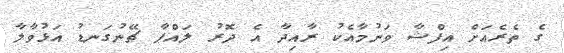
ގެ ތެރެއަށް އިފްޝާ ވަނުމާއެކު ރާއިދާ އެ ދޮރު ލައްޕާ ޗޭނުގަނޑު އަޅުވާލާ